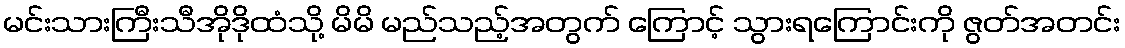
မင်းသားကြီးသီအိုဒိုထံသို့ မိမိ မည်သည့်အတွက် ကြောင့် သွားရကြောင်းကို ဇွတ်အတင်း